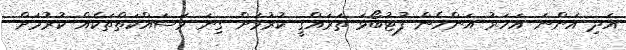
އަދި އަންނަ އަހަރު އަންހެން ފުޓުބޯޅަ ތަރައްގީ ކުރުމަށް ގިނަ މަސައްކަތްތަކެއް ކުރުމަށް